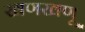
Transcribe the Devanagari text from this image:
खणखणू